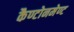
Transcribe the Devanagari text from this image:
कैण्टोनमेण्ट